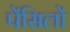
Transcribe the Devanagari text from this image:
पेंसिलों